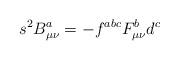
LaTeX: \begin{align*}s^{2}B^{a}_{\mu\nu} = - f^{abc}F^{b}_{\mu\nu}d^{c}\end{align*}